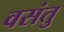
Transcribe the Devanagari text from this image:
वसंतु